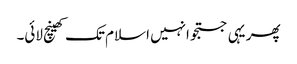
پھر یہی جستجو انہیں اسلام تک کھینچ لائی۔